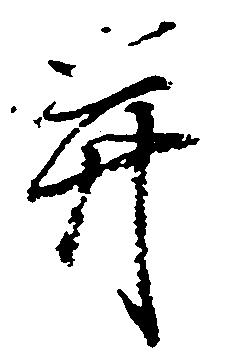
并